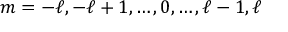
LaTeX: m = - \ell , - \ell + 1 , \ldots , 0 , \ldots , \ell - 1 , \ell